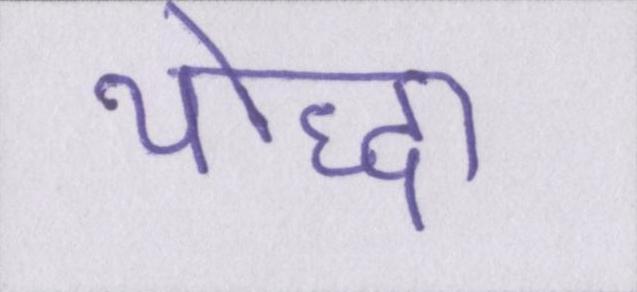
योद्धा